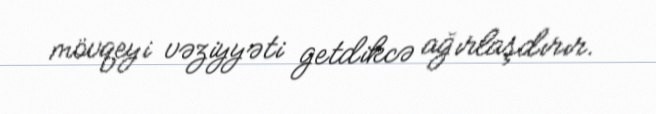
mövqeyi vəziyyəti getdikcə ağırlaşdırır.